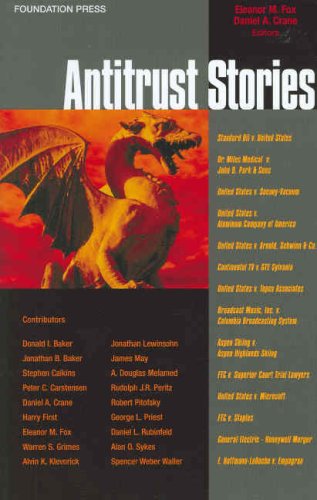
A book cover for Antitrust Stories (Law Stories); Eleanor Fox; Law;